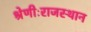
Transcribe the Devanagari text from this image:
श्रेणीःराजस्थान